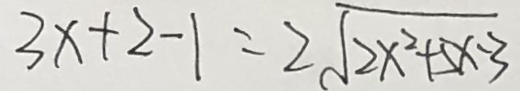
3 x + 2 - 1 = 2 \sqrt { 2 x ^ { 2 } + 5 x - 3 }